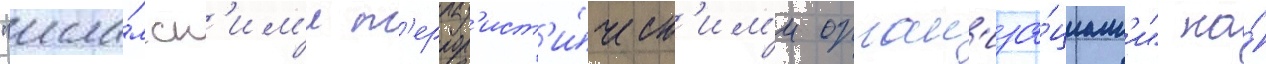
"исла́мск'им'и т'еррор'ист'и́ческ'им'и орган'иза́циам'и" на́